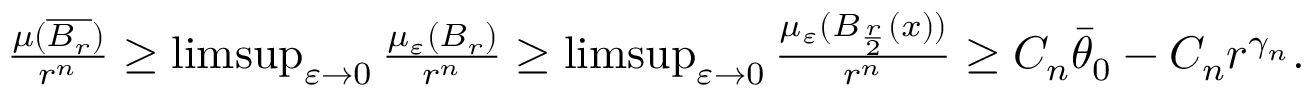
\begin{array} { r } { \frac { \mu ( \overline { { B _ { r } } } ) } { r ^ { n } } \geq \operatorname* { l i m s u p } _ { \varepsilon \rightarrow 0 } \frac { \mu _ { \varepsilon } ( B _ { r } ) } { r ^ { n } } \geq \operatorname* { l i m s u p } _ { \varepsilon \rightarrow 0 } \frac { \mu _ { \varepsilon } ( B _ { \frac { r } { 2 } } ( x ) ) } { r ^ { n } } \geq C _ { n } \bar { \theta } _ { 0 } - C _ { n } r ^ { \gamma _ { n } } . } \end{array}